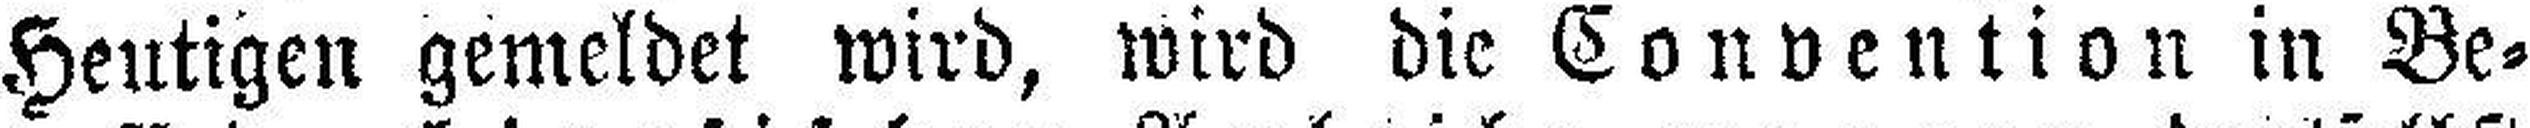
Heutigen gemeldet wird, wird die Convention in Be¬